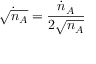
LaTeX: { \dot { \sqrt { n _ { A } } } } = { \frac { { \dot { n } } _ { A } } { 2 { \sqrt { n _ { A } } } } }